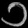
Digit: ၁